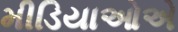
મીડિયાઓએ